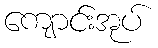
ကျောင်းအုပ်